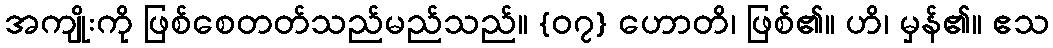
အကျိုးကို ဖြစ်စေတတ်သည်မည်သည်။ {၀၇} ဟောတိ၊ ဖြစ်၏။ ဟိ၊ မှန်၏။ ဧသ